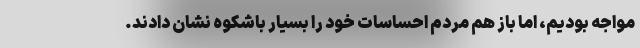
مواجه بودیم، اما باز هم مردم احساسات خود را بسیار باشکوه نشان دادند.